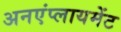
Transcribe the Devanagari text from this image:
अनएंप्लायमेंट